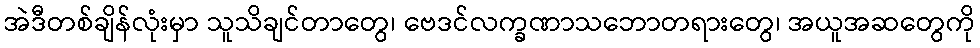
အဲဒီတစ်ချိန်လုံးမှာ သူသိချင်တာတွေ၊ ဗေဒင်လက္ခဏာသဘောတရားတွေ၊ အယူအဆတွေကို